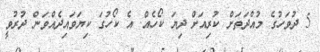
5 ދުވަހުގެ މުއްދަތަށް ކުރިއަށް ދިޔަ ކޯހެއް. އެ ކޯހުގަ ކިޔަވައިދެއްވަން ދުރުވީ